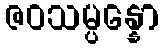
ဇဝသမ္ပန္နော